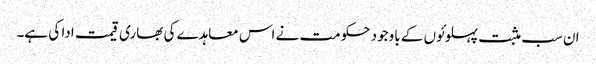
ان سب مثبت پہلوئوں کے باوجود حکومت نے اس معاہدے کی بھاری قیمت ادا کی ہے۔